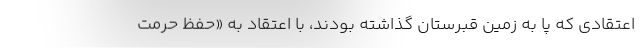
اعتقادي كه پا به زمين قبرستان گذاشته بودند، با اعتقاد به «حفظ حرمت